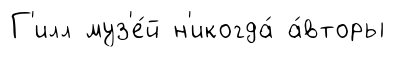
Г'илл муз'е́й н'икогда́ а́вторы